Indian Civil Veterinary Department memoirs
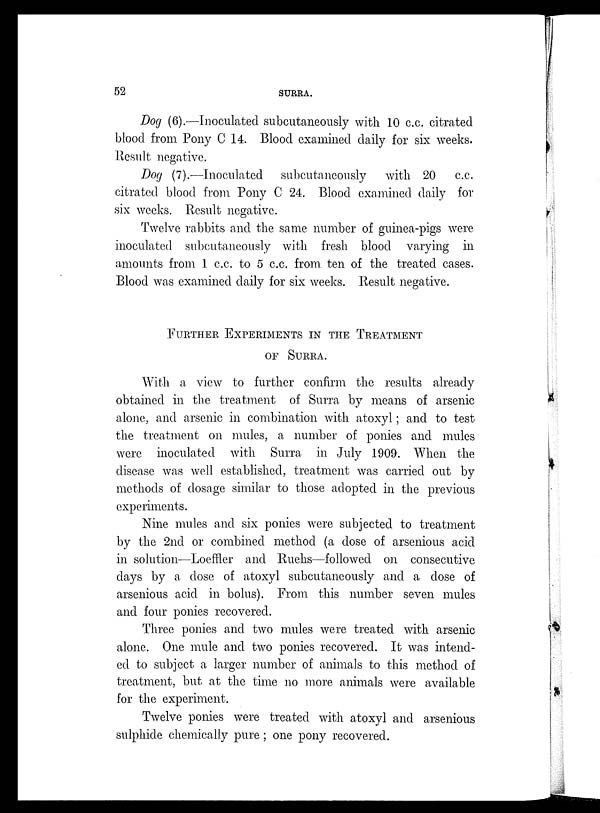
52
SURRA.
Dog (6).—Inoculated subcutaneously with 10 c.c. citrated
blood from Pony C 14. Blood examined daily for six weeks.
Result negative.
Dog (7).—Inoculated subcutaneously with 20 c.c.
citrated blood from Pony C 24. Blood examined daily for
six weeks. Result negative.
Twelve rabbits and the same number of guinea-pigs were
inoculated subcutaneously with fresh blood varying in
amounts from 1 c.c. to 5 c.c. from ten of the treated cases.
Blood was examined daily for six weeks. Result negative.
FURTHER EXPERIMENTS IN THE TREATMENT
OF SURRA.
With a view to further confirm the results already
obtained in the treatment of Surra by means of arsenic
alone, and arsenic in combination with atoxyl; and to test
the treatment on mules, a number of ponies and mules
were inoculated with Surra in July 1909. When the
disease was well established, treatment was carried out by
methods of dosage similar to those adopted in the previous
experiments.
Nine mules and six ponies were subjected to treatment
by the 2nd or combined method (a dose of arsenious acid
in solution—Loeffler and Ruehs—followed on consecutive
days by a dose of atoxyl subcutaneously and a dose of
arsenious acid in bolus). From this number seven mules
and four ponies recovered.
Three ponies and two mules were treated with arsenic
alone. One mule and two ponies recovered. It was intend-
ed to subject a larger number of animals to this method of
treatment, but at the time no more animals were available
for the experiment.
Twelve ponies were treated with atoxyl and arsenious
sulphide chemically pure; one pony recovered.